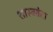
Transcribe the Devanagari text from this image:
शास्त्रवेत्ता